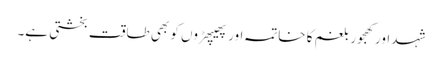
شہد اور کھجور بلغم کا خاتمہ اور پھیپھڑوں کو بھی طاقت بخشتی ہے۔